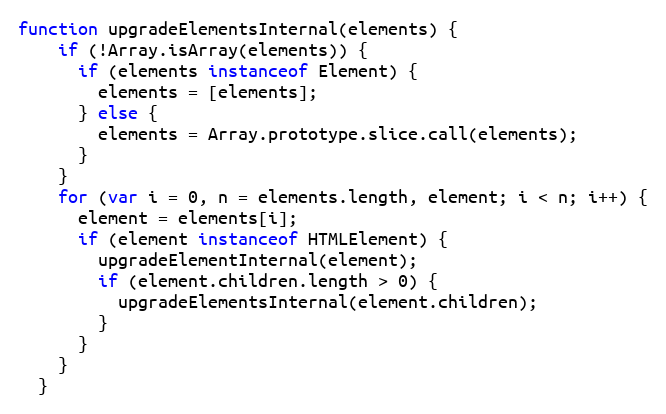
Language: JavaScript
function upgradeElementsInternal(elements) {
    if (!Array.isArray(elements)) {
      if (elements instanceof Element) {
        elements = [elements];
      } else {
        elements = Array.prototype.slice.call(elements);
      }
    }
    for (var i = 0, n = elements.length, element; i < n; i++) {
      element = elements[i];
      if (element instanceof HTMLElement) {
        upgradeElementInternal(element);
        if (element.children.length > 0) {
          upgradeElementsInternal(element.children);
        }
      }
    }
  }